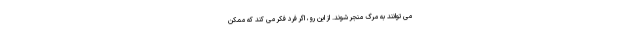
می توانند به مرگ منجر شوند. از این رو، اگر فرد فکر می کند که ممکن